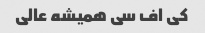
کی اف سی همیشه عالی